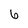
Character: 6